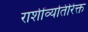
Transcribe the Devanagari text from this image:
राशींव्यतिरिक्त